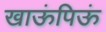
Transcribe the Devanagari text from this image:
खाऊंपिऊं